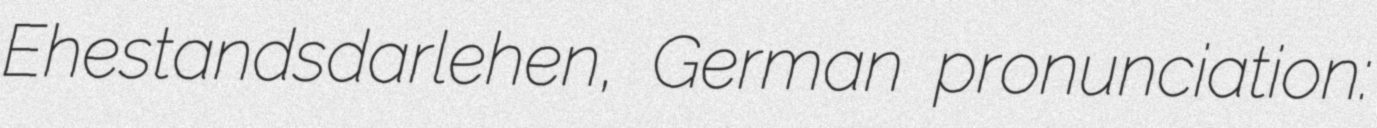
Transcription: Ehestandsdarlehen, German pronunciation: